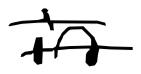
Text: in
Cross-out: double-line
Writing tool: digital_black